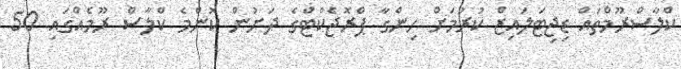
ކްލާސްރޫމްތައް ޑިޖިޓަލައިޒް ކުރުމަށް ހިންގާ ޕްރޮޖެކްޓްގެ ދަށުން ކޮންމެ ކްލާސް ރޫމެއްގައި 50